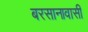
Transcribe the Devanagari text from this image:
बरसानावासी